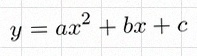
y=ax^2+bx+c